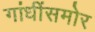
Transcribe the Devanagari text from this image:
गांधींसमोर